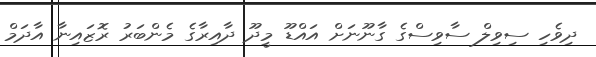
ދިވެހި ސިވިލް ސާވިސްގެ ގާނޫނަށް އައްޑޫ މީދޫ ދާއިރާގެ މެންބަރު ރޮޒައިނާ އާދަމް